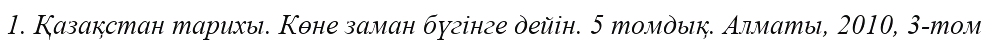
1. Қазақстан тарихы. Көне заман бүгінге дейін. 5 томдық. Алматы, 2010, 3-том